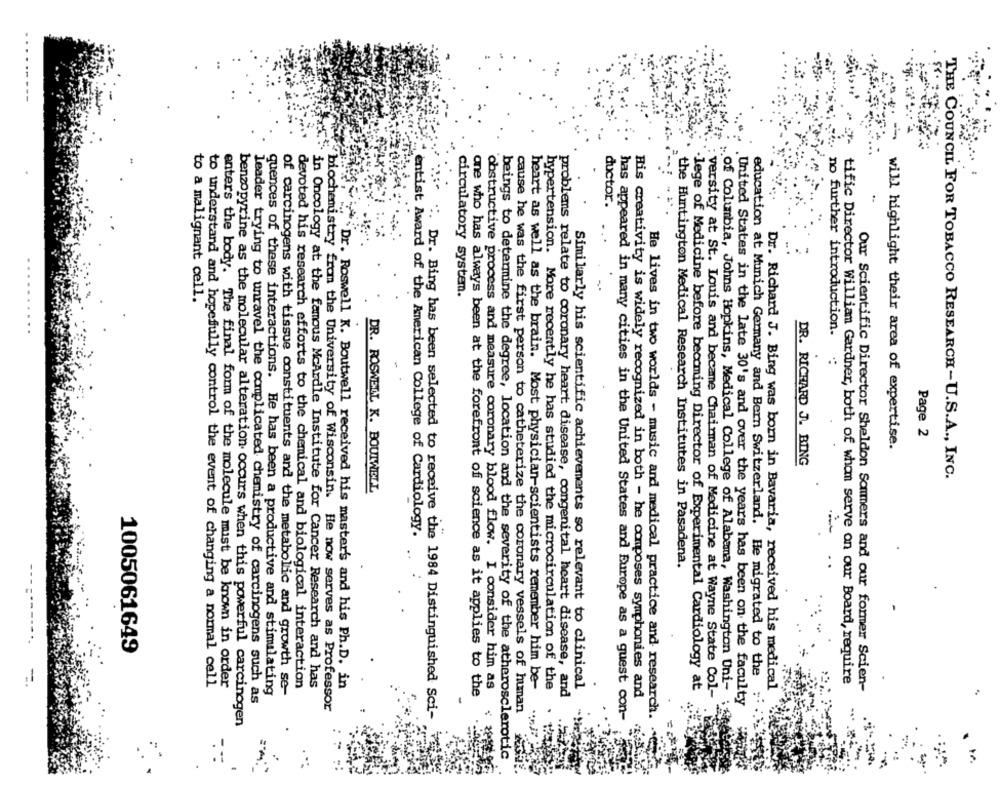
ductor.
circulatory system.
to a malignant cell.
i. no further introduction.
Page 2
will highlight their area of expertise.
DR. RICHARD J. BING
THE COUNCIL FOR TOBACCO RESEARCH-U.S.A ., INC.
DR. ROSWELL K. BOUTWELL
entist Award of the American College of Cardiology.
the Huntington Medical Research Institutes in Pasadena.
..
1005061649
to understand and hopefully control the event of changing a normal cell
enters the body. The final form of the molecule mist be known in order
devoted his research efforts to the chemical and biological interaction
in Oncology at the famous McArdle Institute for Cancer Research and has
Dr. Richard J. Bing was born in Bavaria, received his medical
tific Director William Gardner, both of whom serve on our Board, require
quences of these interactions. He has been a productive and stimulating
of carcinogens with tissue constituents and the metabolic and growth se-
Dr. Roswell K. Boutwell received his master's and his Ph.D. in
one who has always been at the forefront of science as it applies to the
obstructive process and measure coronary blood flow. I consider him as
heart as well as the brain. Most physician-scientists remember him be-
hypertension. More recently he has studied the microcirculation of the
Similarly his scientific achievements so relevant to clinical
-lege of Medicine before becoming Director of Experimental Cardiology at
... of Columbia, Johns Hopkins, Medical College of Alabama, Washington Uni-
Our Scientific Director Sheldon Sommers and our former Scien-
leader trying to unravel the complicated chemistry of carcinogens such as
problems relate to coronary heart disease, congenital heart disease, and
His creativity is widely recognized in both - he composes symphonies and
: versity at St. Louis and became Chairman of Medicine at Wayne State Col-
education at Munich Germany and Bern Switzerland. He migrated to the :
United States in the late 30's and over the years has been on the faculty
"biochemistry from the University of Wisconsin. He now serves as Professor
Dr. Bing has been selected to receive the 1984 Distinguished Sci-
cause he was the first person to catheterize the coronary vessels of human
.
has appeared in many cities in the United States and Europe as a guest con-
He lives in two worlds - music and medical practice and research
benzopyrine as the molecular alteration occurs when this powerful carcinogen
beings to determine the degree, location and the severity of the atherosclerotic